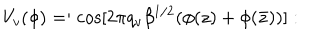
V _ { v } ( \phi ) = : \mathrm { c o s } [ 2 \pi q _ { v } \beta ^ { 1 / 2 } ( \phi ( z ) + \phi ( { \bar { z } } ) ) ] :